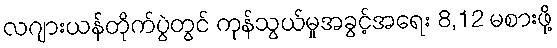
လဂျားယန်တိုက်ပွဲတွင် ကုန်သွယ်မှုအခွင့်အရေး 8,12 မစားဖို့